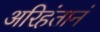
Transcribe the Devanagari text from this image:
अरिहंतानं